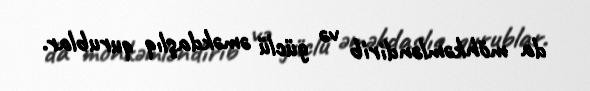
da möhkəmləndirib və güclü əməkdaşlıq qurublar.